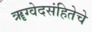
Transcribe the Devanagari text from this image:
ॠग्वेदसंहितेचे